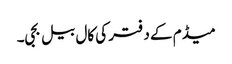
میڈم کے دفتر کی کال بیل بجی۔